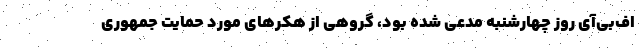
اف‌بی‌آی روز چهارشنبه مدعی شده بود،‌ گروهی از هکرهای مورد حمایت جمهوری